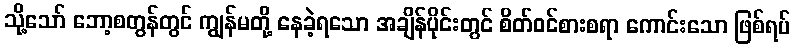
သို့သော် ဘော့စတွန်တွင် ကျွန်မတို့ နေခဲ့ရသော အချိန်ပိုင်းတွင် စိတ်ဝင်စားစရာ ကောင်းသော ဖြစ်ရပ်